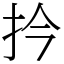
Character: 扲